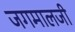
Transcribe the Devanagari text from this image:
जगमालजी